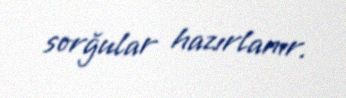
sorğular hazırlanır.